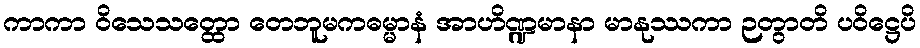
ကာကာ ဝိသေသတ္ထော တေဘူမကဓမ္မာနံ အာဟိဏ္ဍမာနာ မာနုဿကာ ဉတွာတိ ပဝိဋ္ဌေပိ